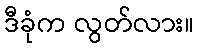
ဒီခုံက လွတ်လား။